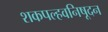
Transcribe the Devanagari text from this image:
शकपल्हवनिषूदन